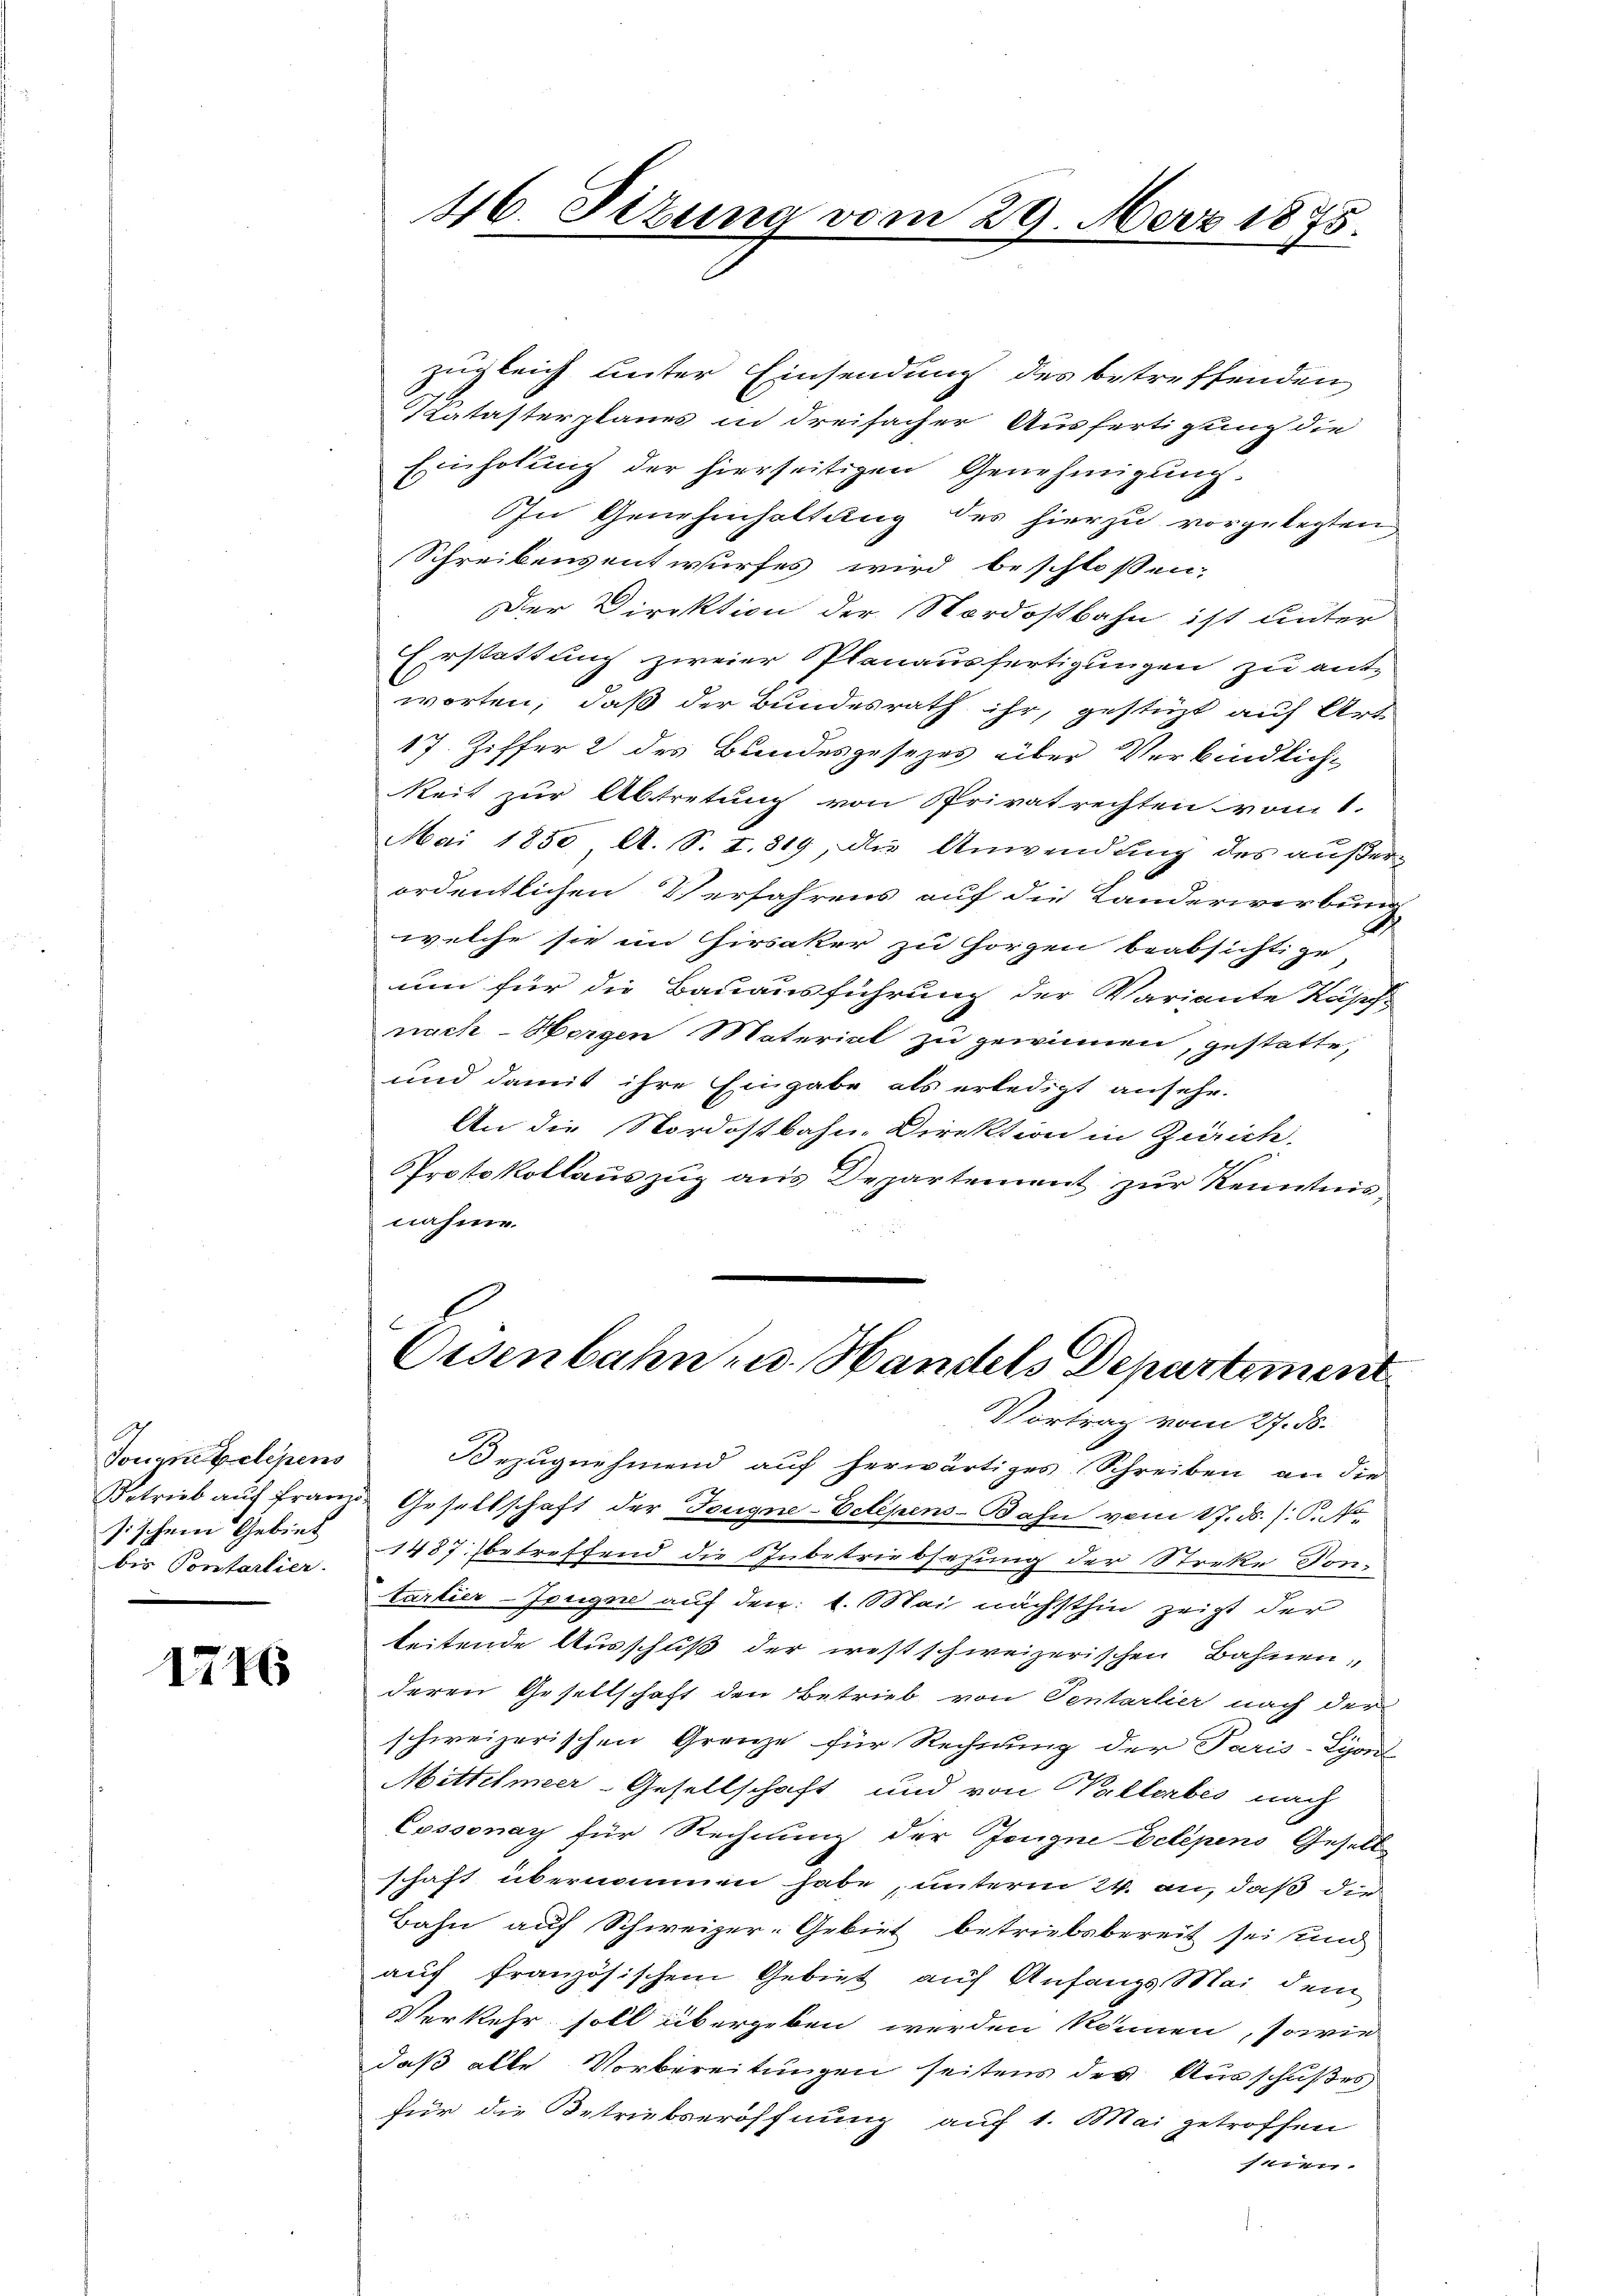
Tougnetelepens
Betrieb auch franz
sischen Gebiet
bis Pontartier.

1716

46. Sizung

zugleich unter Einsendung des betreffenden
Tatasterplanes in dreifacher Ausfertigung die
Einholung der hierseitigen Genehmigung.
In Genehmhaltung des hierzu vorgelegten
Schreibensentwurfes wird beschlossen:
Der Direktion der Nordostbahn ist unter
Erstattung zweier Planausfertigungen zu ant-
worten, daß der Bundesrath ihr, gestüzt auf Art
17. Ziffer 2 des Bundesgesezes über Verbindlich-
keit zur Abtretung von Privatrechten vom 1.
Mai 1850, A. S. I. 819, die Anwendung des außerordentlichen Verfahrens auf die Landerwerbung
welche sie im Hirsaker zu Horgen beabsichtige
um für die Bauausführung der Variante Kaps
nach - Horgen Material zu gewinnen, gestatte,
und damit ihre Eingabe als erledigt ansehe.
An die Nordostbahne Direktion in Zürich.
Protokollauszug aus Departement zur Kenntnis
nahme.
Oisenbahn u. Handels Departement
Vortrag vom 27. ds.
Bezugnehmend auf herwärtiges Schreiben an die
 Gesellschaft der Teugne-Velesens-Bahn vom 17. d. J. P.
1487 betreffend die Subetriebsetzung der Streke Dontartier-Trugen auf den 1. Mai nächsthin zeigt der
teitende Ausschuß der westschweizerischen Bahnen,
deren Gesellschaft den Betrieb von Tentarlier nach der
schweizerischen Grenze für Rechnung der Paris-Syonl
Mittelmeer-Gesellschaft und von Vallerbes nach
Cossonay für Rechnung der Zeugne Delépens Gesell
schaft übernommen habe, unterm 24. an, daß die
Bahn auf Schweizer-Gebiet betriebsbereit sei und
auf französischem Gebiet auf Anfangs Mai dem
Verkehr soll übergeben werden können, sowie
daß alle Vorbereitungen seitens des Ausschußes
für die Betriebseröffnung auf 1. Mai getroffen
1114.
¬

vom 29. März 1875